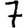
Digit: 7